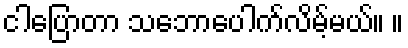
ငါပြောတာ သဘောပေါက်လိမ့်မယ်။ ။